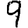
Digit: 9